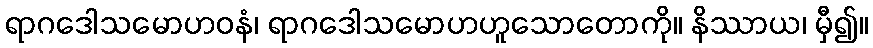
ရာဂဒေါသမောဟဝနံ၊ ရာဂဒေါသမောဟဟူသောတောကို။ နိဿာယ၊ မှီ၍။